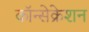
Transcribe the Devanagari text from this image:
कॉन्सेक्रेशन